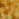
الى